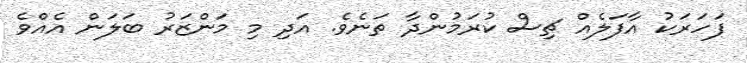
ފަހަރަކު އާފަލެއް ޗިސް ކުރަމުންދާ ތަނެވެ. އަދި މި މަންޒަރު ބަލަން އެއްވެ